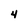
Character: 4